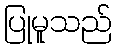
ပြုမူသည်